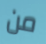
من